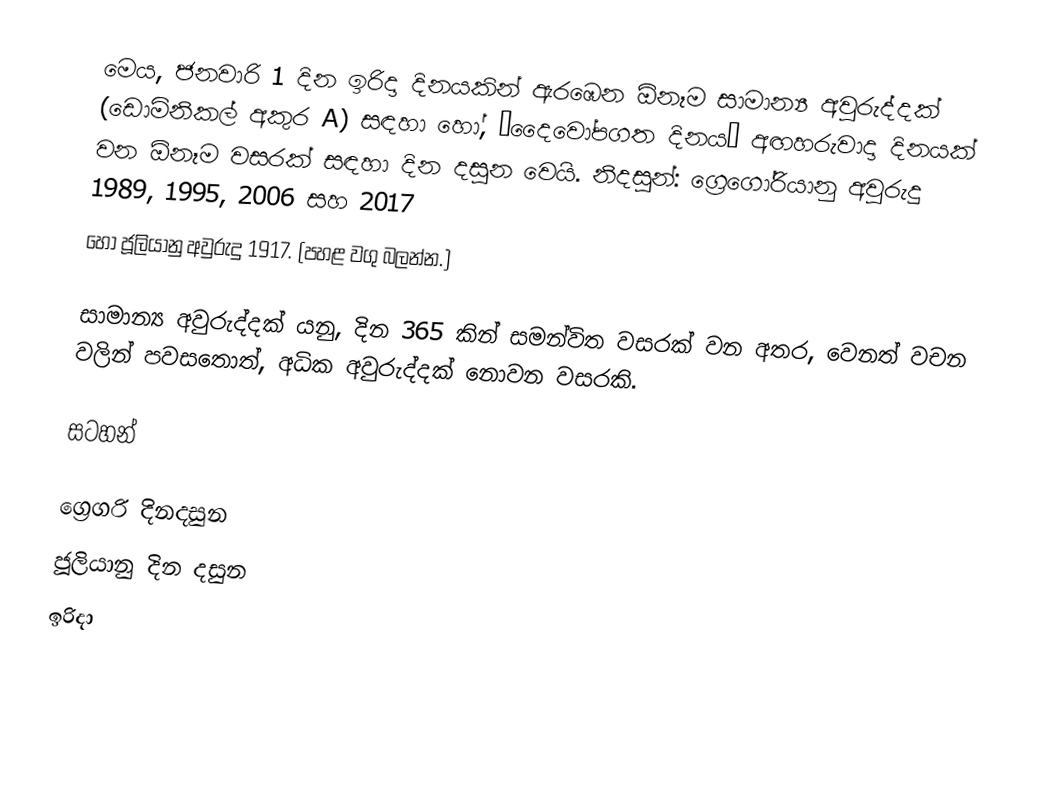
මෙය, ජනවාරි 1 දින ඉරිදා දිනයකින් ඇරඹෙන ඕනෑම  සාමාන්‍ය අවුරුද්දක්  (ඩොමිනිකල් අකුර A) සඳහා හෝ,  “දෛවෝපගත දිනය” අඟහරුවාදා දිනයක් වන ඕනෑම වසරක් සඳහා  දින දසුන වෙයි. නිදසුන්: ග්‍රෙගෝරියානු අවුරුදු 1989, 1995, 2006 සහ 2017
හෝ ජූලියානු අවුරුදු 1917. (පහළ වගු බලන්න.)

සාමාන්‍ය අවුරුද්දක් යනු, දින 365 කින් සමන්විත වසරක් වන අතර, වෙනත් වචන වලින් පවසතොත්, අධික අවුරුද්දක් නොවන වසරකි.

සටහන්

ග්‍රෙගරි දිනදසුන
ජූලියානු දින දසුන
ඉරිදා